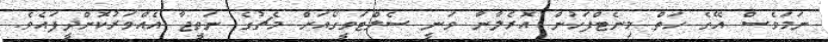
ނަމަވެސް އޭގެ ހަތް މިނެޓްފަހުން އޮރެލާނާ ވަނީ ސެލްޓަވީގޯއަށް މެޗުގެ ނަތީޖާ އެއްވަރުކޮށްދީފައެވެ.